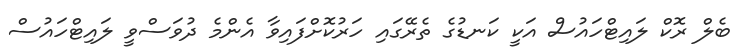
ބެލް ރޮކް ލައިޓްހައުސް އަކީ ކަނޑުގެ ތެރޭގައި ހަރުކޮށްފައިވާ އެންމެ ދުވަސްވީ ލައިޓްހައުސް